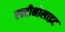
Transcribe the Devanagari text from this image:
एक्टीनोलाइट